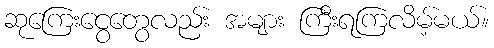
ဆုကြေးငွေတွေလည်း အများ ကြီးရကြလိမ့်မယ်။